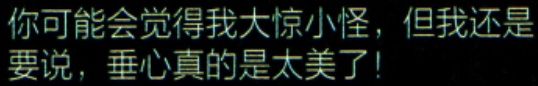
你可能会觉得我大惊小怪，但我还是要说，垂心真的是太美了！